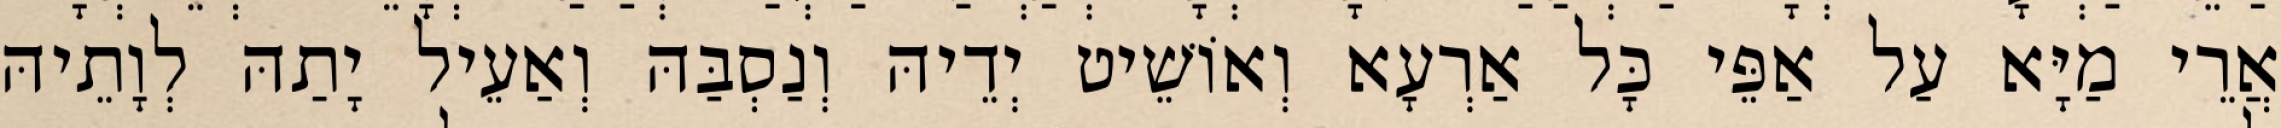
אֲרֵי מַיָּא עַל אַפֵּי כָּל אַרְעָא וְאוֹשֵׁיט יְדֵיהּ וְנַסְבַּהּ וְאַעֵיל יָתַהּ לְוָתֵיהּ